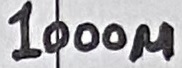
Text: 1000µ